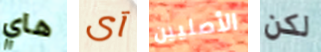
هاي آى الأصليين لكن